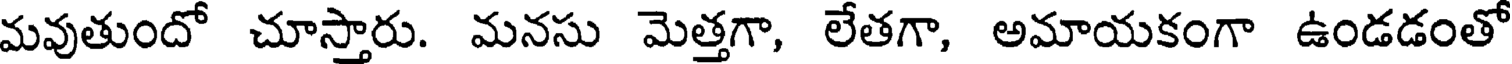
మవుతుందో చూస్తారు. మనసు మెత్తగా, లేతగా, అమాయకంగా ఉండడంతో